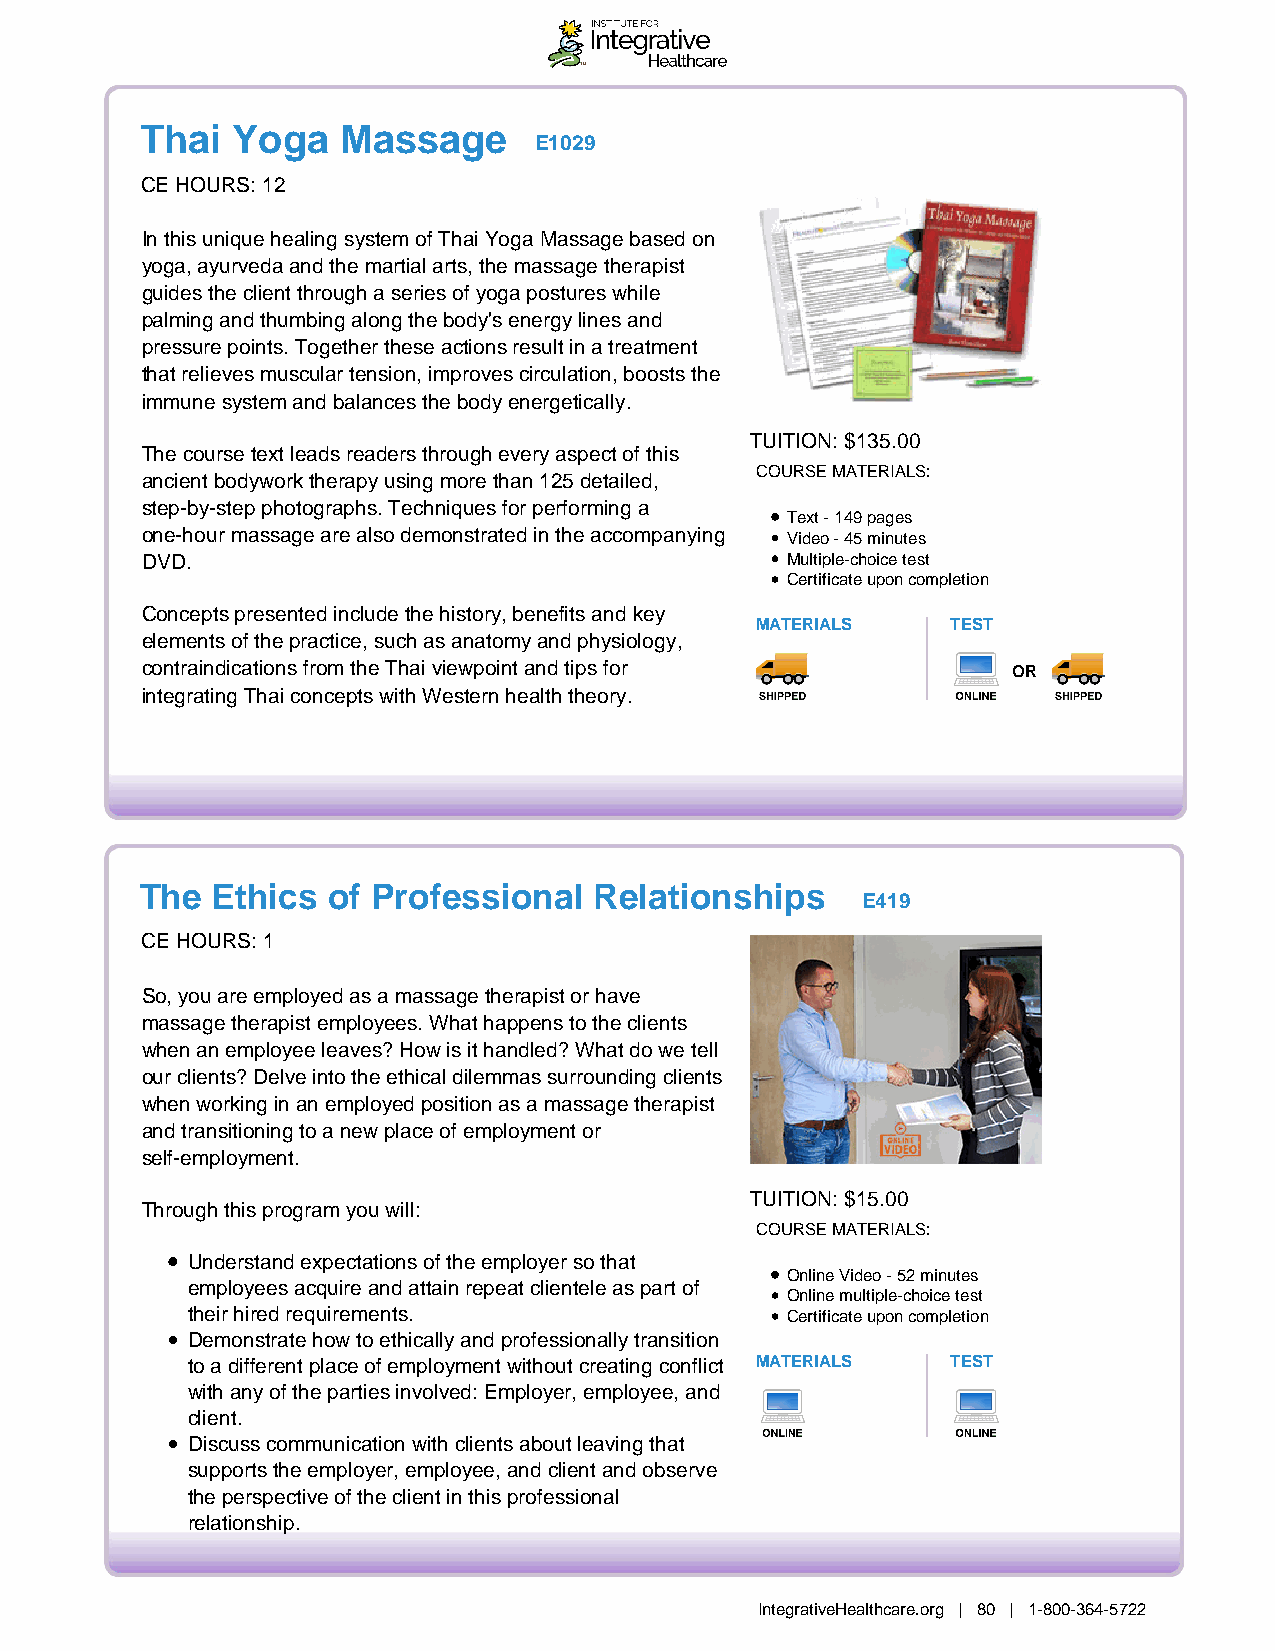
Thai  Yoga   Massage
 E1029
 CE HOURS: 12
 In this unique healing system of Thai Yoga Massage based on
 yoga, ayurveda and the martial arts, the massage therapist
 guides the client through a series of yoga postures while
 palming and thumbing along the body's energy lines and
 pressure points. Together these actions result in a treatment
 that relieves muscular tension, improves circulation, boosts the
 immune system and balances the body energetically.
 TUITION: $135.00
 The course text leads readers through every aspect of this
 COURSE MATERIALS:
 ancient bodywork therapy using more than 125 detailed,
 step-by-step photographs. Techniques for performing a
 Text - 149 pages
 one-hour massage are also demonstrated in the accompanying Video - 45 minutes
 DVD.                                       Multiple-choice test
 Certificate upon completion
 Concepts presented include the history, benefits and key
 MATERIALS    TEST
 elements of the practice, such as anatomy and physiology,
 contraindications from the Thai viewpoint and tips for    OR
 integrating Thai concepts with Western health theory.
 The  Ethics  of Professional  Relationships
 E419
 CE HOURS: 1
 So, you are employed as a massage therapist or have
 massage therapist employees. What happens to the clients
 when an employee leaves? How is it handled? What do we tell
 our clients? Delve into the ethical dilemmas surrounding clients
 when working in an employed position as a massage therapist
 and transitioning to a new place of employment or
 self-employment.
 TUITION: $15.00
 Through this program you will:
 COURSE MATERIALS:
 Understand expectations of the employer so that
 Online Video - 52 minutes
 employees acquire and attain repeat clientele as part of
 Online multiple-choice test
 their hired requirements.               Certificate upon completion
 Demonstrate how to ethically and professionally transition
 to a different place of employment without creating conflict MATERIALS TEST
 with any of the parties involved: Employer, employee, and
 client.
 Discuss communication with clients about leaving that
 supports the employer, employee, and client and observe
 the perspective of the client in this professional
 relationship.
 IntegrativeHealthcare.org | 80 | 1-800-364-5722